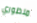
منظوري